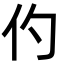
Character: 仢